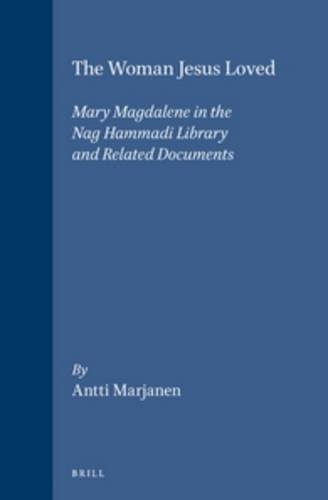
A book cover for The Woman Jesus Loved: Mary Magdalene in the Nag Hammadi Library and Related Documents (Nag Hammadi and Manichaean Studies, 40); Antti Marjanen; Christian Books & Bibles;